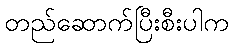
တည်ဆောက်ပြီးစီးပါက